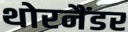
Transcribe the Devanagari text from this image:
थोरनैंडर